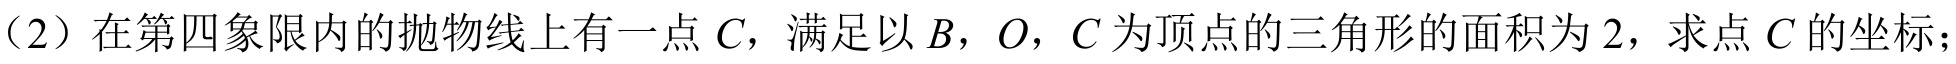
（2）在第四象限内的抛物线上有一点 \(C\)，满足以 \(B\)，\(O\)，\(C\) 为顶点的三角形的面积为 \(2\)，求点 \(C\) 的坐标；